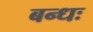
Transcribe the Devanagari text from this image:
बन्धः